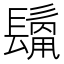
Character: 𩮊